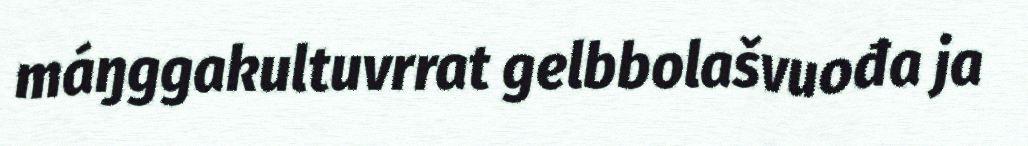
máŋggakultuvrrat gelbbolašvuođa ja